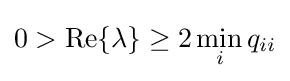
0>\mathrm {Re} \{\lambda \}\geq 2\min _{i}q_{ii}